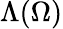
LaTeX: \Lambda(\Omega)